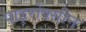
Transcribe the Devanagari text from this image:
पाइरोक्सीन